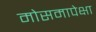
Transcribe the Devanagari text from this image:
मोसमापेक्षा